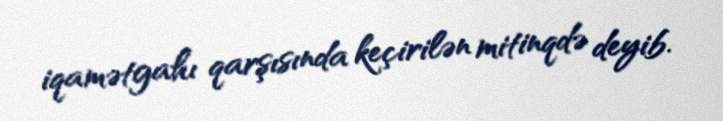
iqamətgahı qarşısında keçirilən mitinqdə deyib.